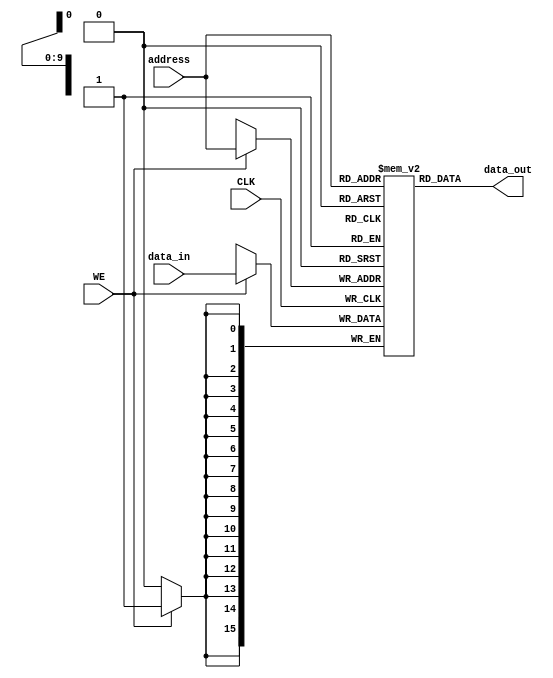
`timescale 1ns / 1ps
//////////////////////////////////////////////////////////////////////////////////
// Company: 
// Engineer: 
// 
// Design Name: 
// Module Name: data_memory
// Project Name: 
// Target Devices: 
// Tool Versions: 
// Description: 
// 
// Dependencies: 
// 
// Revision:
// Revision 0.01 - File Created
// Additional Comments:
// 
//////////////////////////////////////////////////////////////////////////////////


module data_memory(
input [15:0] data_in,
input [9:0] address,
input WE,
input CLK,
output [15:0] data_out
);

reg [15:0] data [0:1023];

always @(posedge(CLK))
begin
   if(WE) data[address] <= data_in;
end
assign data_out = data[address];

endmodule